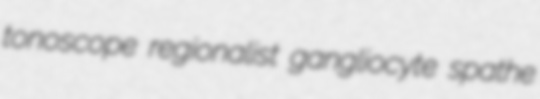
tonoscope regionalist gangliocyte spathe